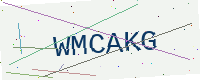
Text: WMCAKG